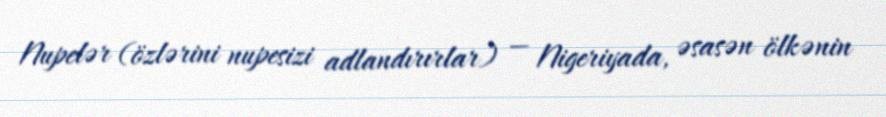
Nupelər (özlərini nupesizi adlandırırlar) — Nigeriyada, əsasən ölkənin